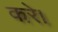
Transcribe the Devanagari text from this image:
करे़।